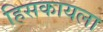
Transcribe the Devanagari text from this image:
हिसकायला